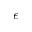
\epsilon